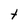
Character: t